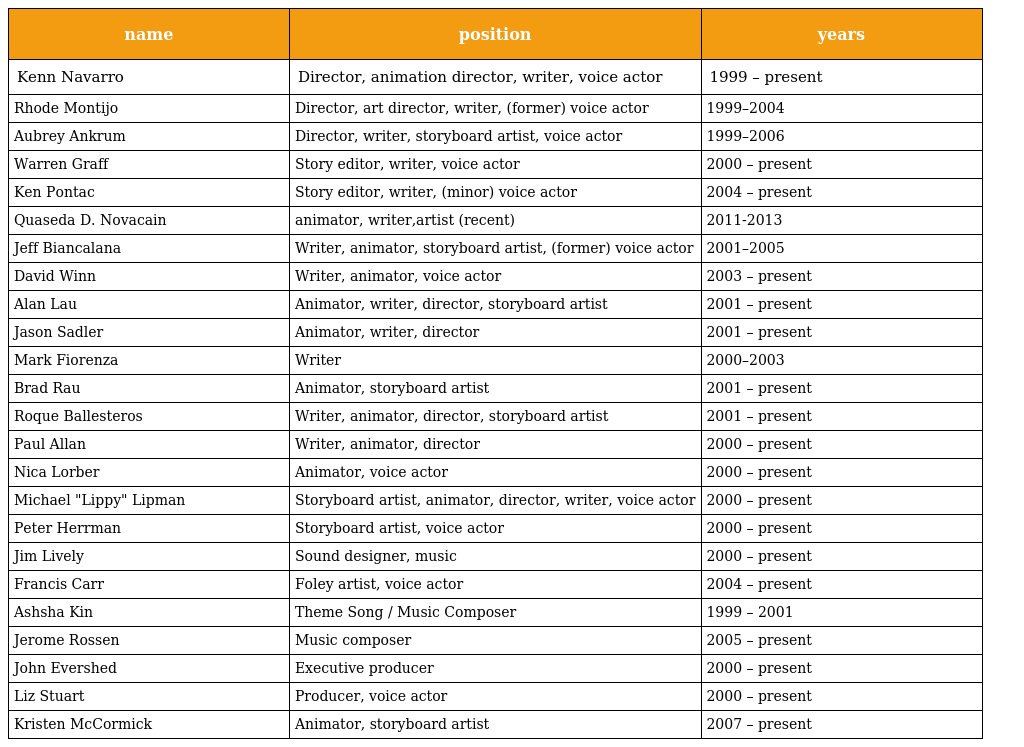
| name | position | years |
 | --- | --- | --- |
 | Kenn Navarro | Director, animation director, writer, voice actor | 1999 – present |
 | Rhode Montijo | Director, art director, writer, (former) voice actor | 1999–2004 |
 | Aubrey Ankrum | Director, writer, storyboard artist, voice actor | 1999–2006 |
 | Warren Graff | Story editor, writer, voice actor | 2000 – present |
 | Ken Pontac | Story editor, writer, (minor) voice actor | 2004 – present |
 | Quaseda D. Novacain | animator, writer,artist (recent) | 2011-2013 |
 | Jeff Biancalana | Writer, animator, storyboard artist, (former) voice actor | 2001–2005 |
 | David Winn | Writer, animator, voice actor | 2003 – present |
 | Alan Lau | Animator, writer, director, storyboard artist | 2001 – present |
 | Jason Sadler | Animator, writer, director | 2001 – present |
 | Mark Fiorenza | Writer | 2000–2003 |
 | Brad Rau | Animator, storyboard artist | 2001 – present |
 | Roque Ballesteros | Writer, animator, director, storyboard artist | 2001 – present |
 | Paul Allan | Writer, animator, director | 2000 – present |
 | Nica Lorber | Animator, voice actor | 2000 – present |
 | Michael "Lippy" Lipman | Storyboard artist, animator, director, writer, voice actor | 2000 – present |
 | Peter Herrman | Storyboard artist, voice actor | 2000 – present |
 | Jim Lively | Sound designer, music | 2000 – present |
 | Francis Carr | Foley artist, voice actor | 2004 – present |
 | Ashsha Kin | Theme Song / Music Composer | 1999 – 2001 |
 | Jerome Rossen | Music composer | 2005 – present |
 | John Evershed | Executive producer | 2000 – present |
 | Liz Stuart | Producer, voice actor | 2000 – present |
 | Kristen McCormick | Animator, storyboard artist | 2007 – present |